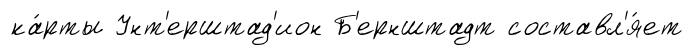
ка́рты Унт'ерштад'ион Б'ернштадт составл'я́ет